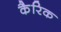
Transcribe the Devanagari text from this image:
कैरिक